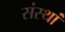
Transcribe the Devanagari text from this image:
संस्थां